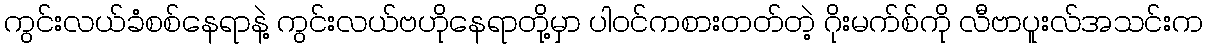
ကွင်းလယ်ခံစစ်နေရာနဲ့ ကွင်းလယ်ဗဟိုနေရာတို့မှာ ပါဝင်ကစားတတ်တဲ့ ဂိုးမက်စ်ကို လီဗာပူးလ်အသင်းက